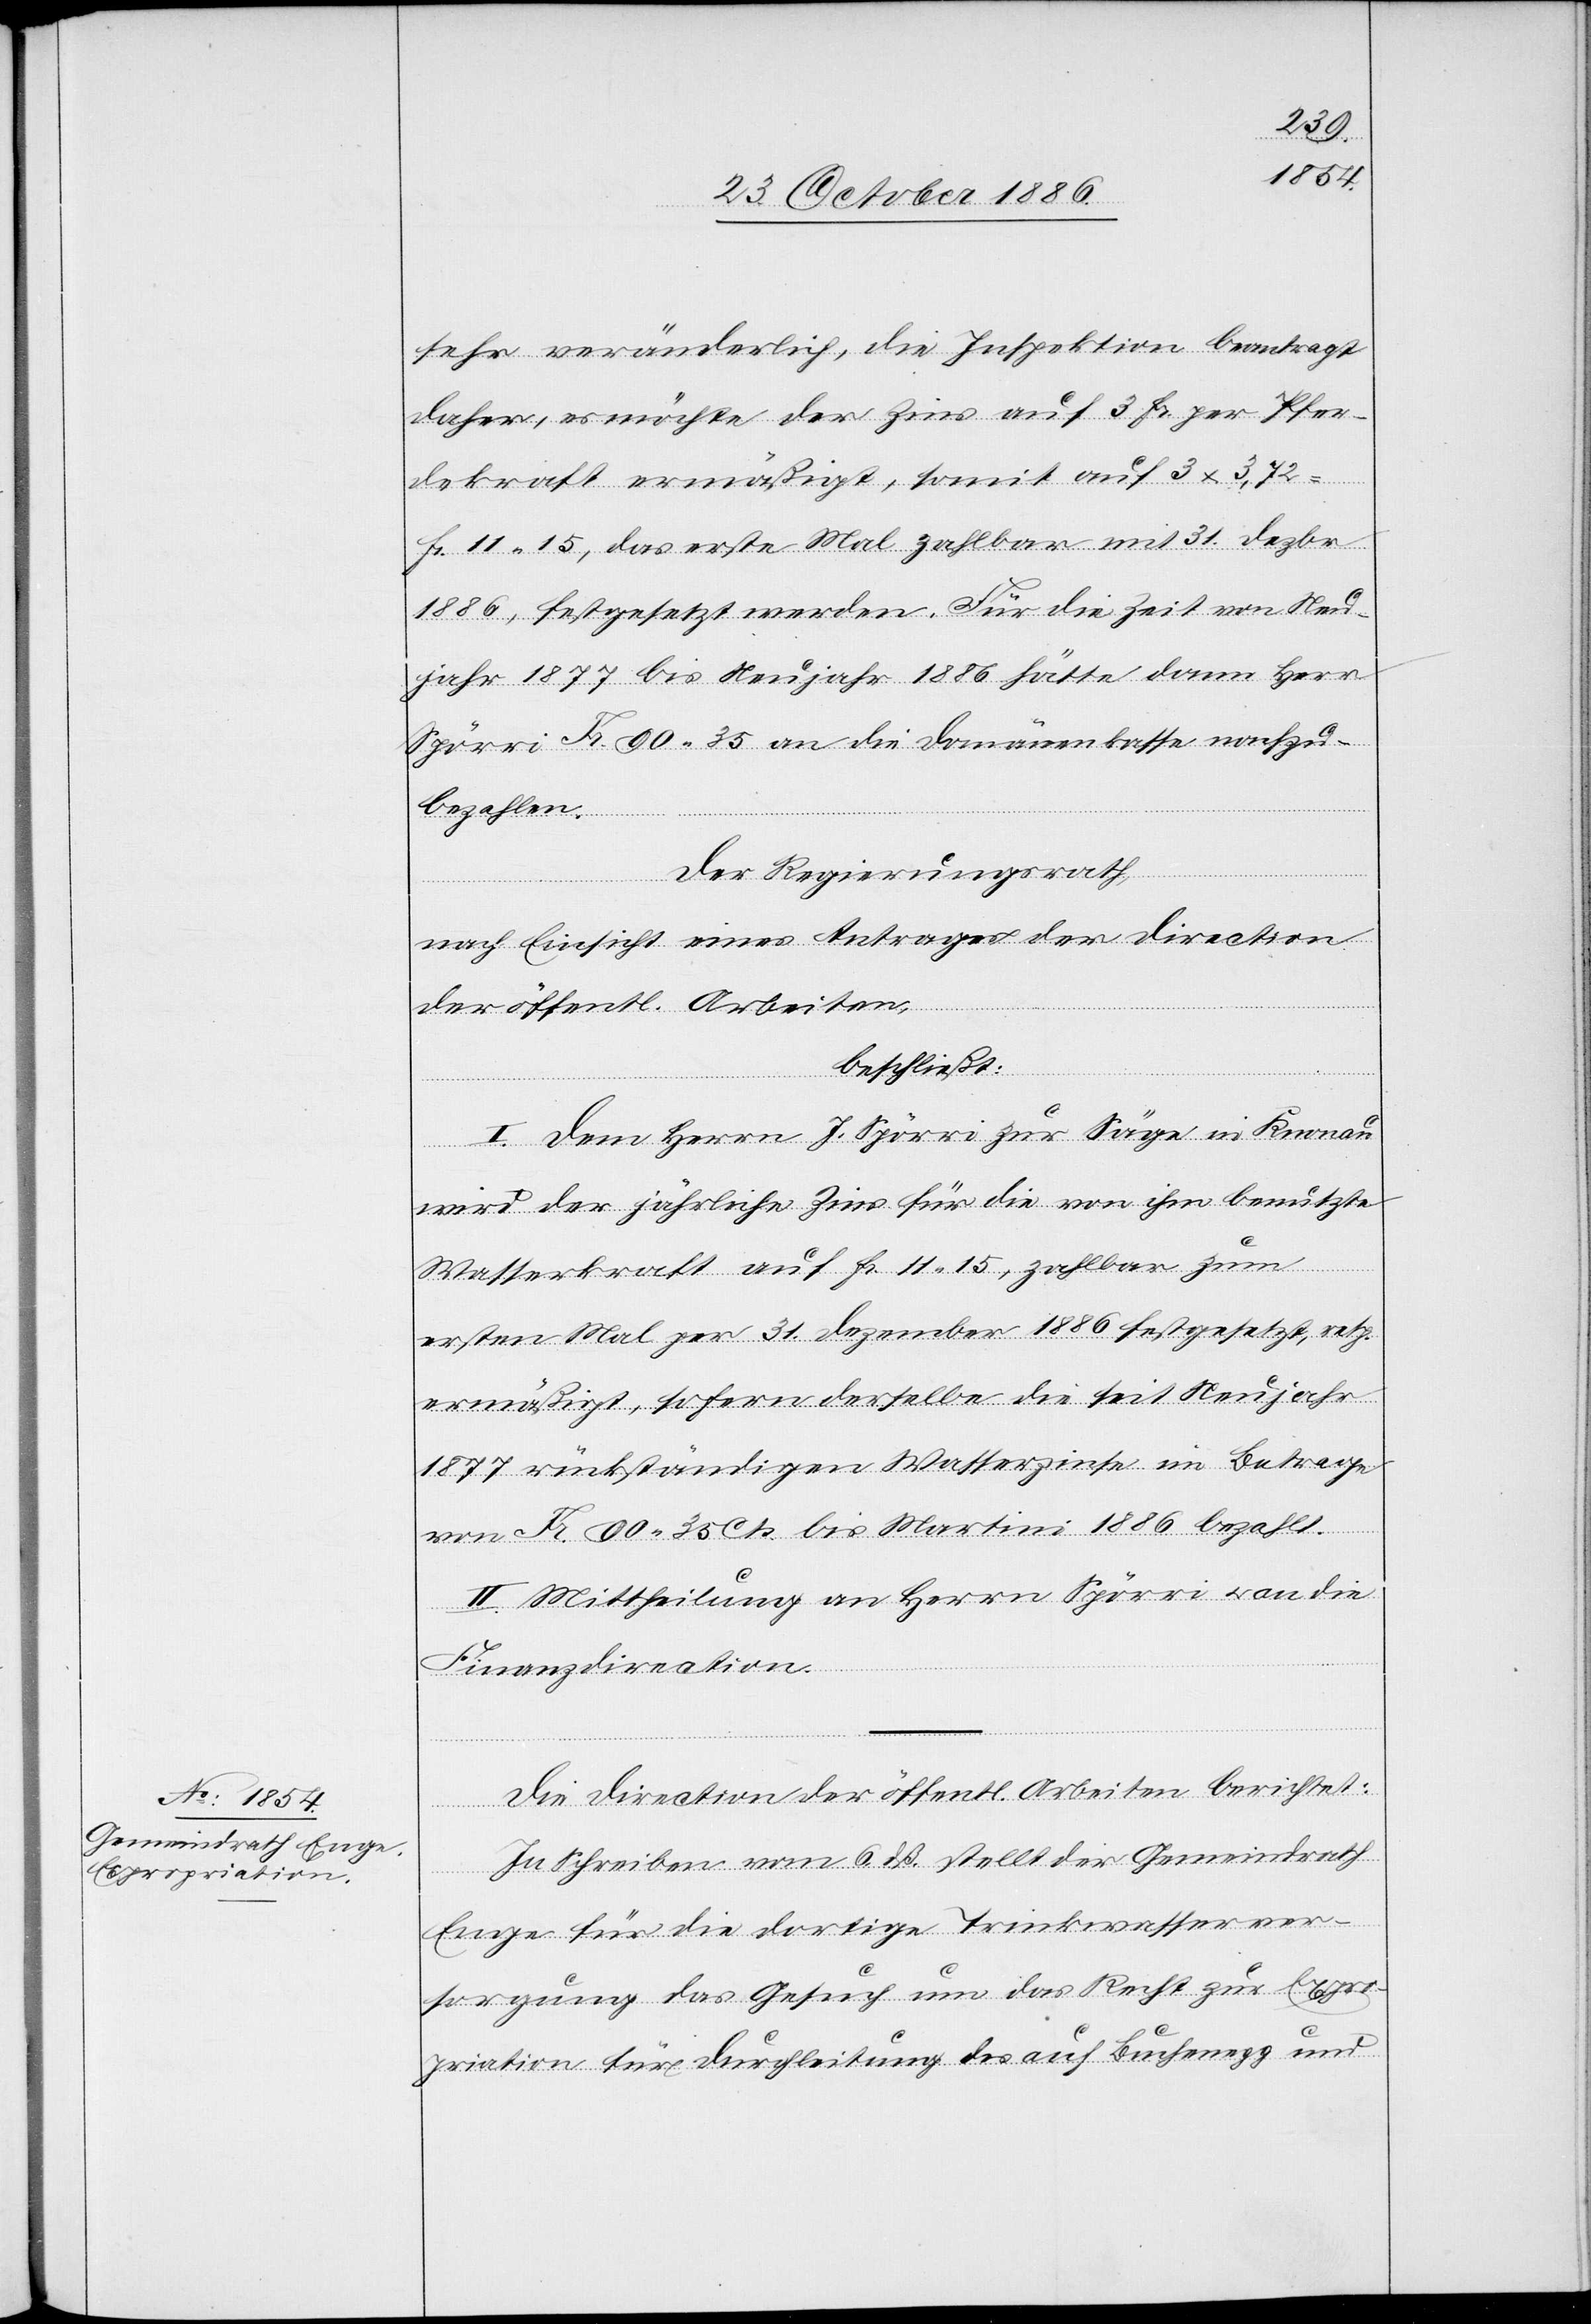
sehr veränderlich, die Inspektion beantragt
daher, es möchte der Zins auf 3 Fr. per Pfer¬
dekraft ermäßigt, somit auf 3 x 3,72
Fr. 11 15, das erste Mal zahlbar mit 31. Dezbr.
1886, festgesetzt werden. Für die Zeit von Neu¬
jahr 1877 bis Neujahr 1886 hätte dann Herr
Spörri Fr. 90 35 an die Domänenkasse nachzu¬
bezahlen.
Der Regierungsrath,
nach Einsicht eines Antrages der Direction
der öffentl. Arbeiten,
beschließt:
I. Dem Herrn J. Spörri zur Säge in Knonau
wird der jährliche Zins für die von ihm benutzte
Wasserkraft auf Fr. 11 15, zahlbar zum
ersten Mal per 31. Dezember 1886 festgesetzt, resp.
ermäßigt, sofern derselbe die seit Neujahr
1877 rückständigen Wasserzinse im Betrage
von Fr. 90 35 Cts. bis Martini 1886 bezahlt.
II. Mittheilung an Herrn Spörri & an die
Finanzdirection.
Die Direction der öffentl. Arbeiten berichtet:
In Schreiben vom 6. dß. stellt der Gemeindrath
Enge für die dortige Trinkwasserver¬
sorgung das Gesuch um das Recht zur Expro¬
priation für Durchleitung des auf Buchenegg und